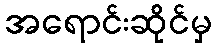
အရောင်းဆိုင်မှ